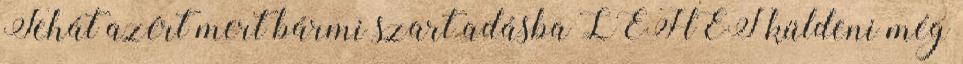
Tehát azért mert bármi szart adásba LEHET küldeni még